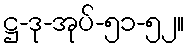
ဋ္ဌ-ဒု-အုပ်-၅၁-၅၂။